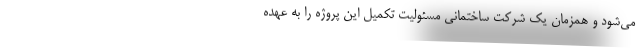
می‌شود و همزمان یک شرکت ساختمانی مسئولیت تکمیل این پروژه‌ را به عهده